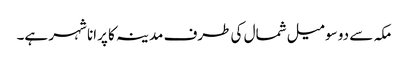
مکہ سے دو سو میل شمال کی طرف مدینہ کا پرانا شہر ہے۔